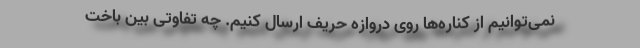
نمی‌توانیم از کناره‌ها روی دروازه حریف ارسال کنیم. چه تفاوتی بین باخت